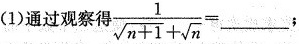
(1)通过观察得 $$\frac{1}{\sqrt{n+1}+ \sqrt{n}}=___$$;